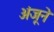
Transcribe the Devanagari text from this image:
अंजूने